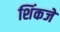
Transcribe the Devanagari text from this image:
शिंकजे